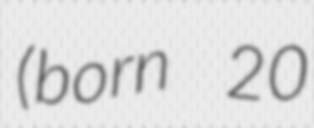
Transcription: (born 20